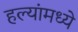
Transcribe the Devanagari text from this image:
हल्यांमध्ये